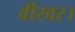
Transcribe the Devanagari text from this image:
वीरवर।